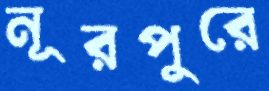
নূরপুরে